Vaccination in Burma 1900-1911 - 1900-1911
Year: 1900
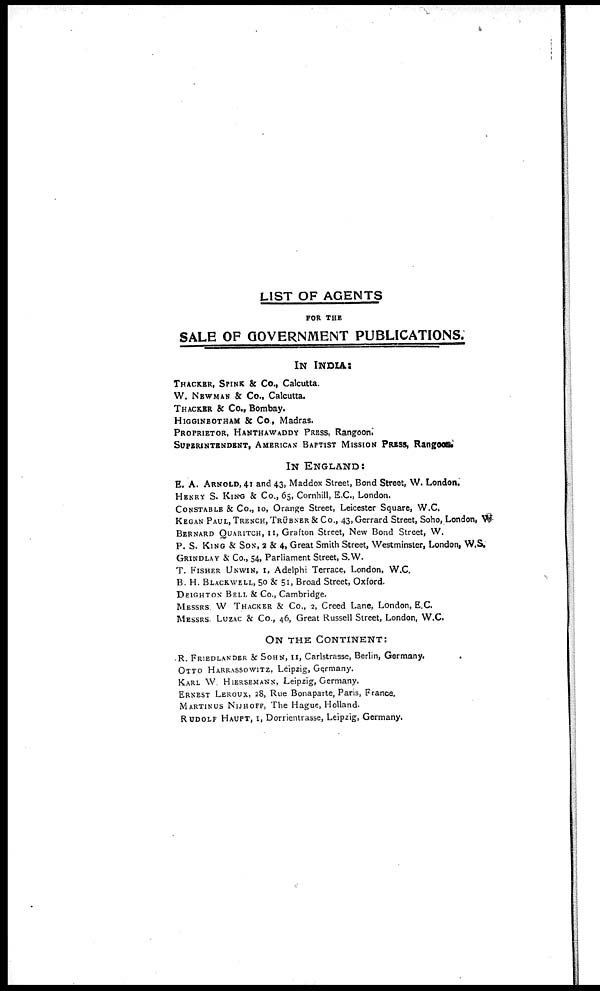
LIST OF AGENTS
FOR THE
SALE OF GOVERNMENT PUBLICATIONS.
IN INDIA:
THACKER, SPINK & Co., Calcutta.
W. NEWMAN & Co., Calcutta.
THACKER & Co., Bombay.
HIGGINBOTHAM & Co., Madras.
PROPRIETOR, HANTHAWADDY PRESS, Rangoon.
SUPERINTENDENT, AMERICAN BAPTIST MISSION PRESS, Rangoon.
IN ENGLAND:
E. A. ARNOLD, 41 and 43, Maddox Street, Bond Street, W. London.
HENRY S. KING & Co., 65, Cornhill, E.C., London.
CONSTABLE & Co., 10, Orange Street, Leicester Square, W.C.
KEGAN PAUL, TRENCH, TRÜBNER & Co., 43,Gerrard Street, Soho, London, W.
BERNARD QUARITCH, 11, Grafton Street, New Bond Street, W.
P. S. KING & SON, 2 & 4, Great Smith Street, Westminster, London, W.S.
GRINDLAY & Co., 54, Parliament Street, S.W.
T. FISHER UNWIN, 1, Adelphi Terrace, London, W.C.
B. H. BLACKWELL, 50 & 51, Broad Street, Oxford.
DEIGHTON BELL & Co., Cambridge.
MESSRS. W. THACKER & Co., 2, Creed Lane, London, E.C.
MESSRS. LUZAC & Co., 46, Great Russell Street, London, W.C.
ON THE CONTINENT:
R. FRIEDLANDER & SOHN, 11, Carlstrasse, Berlin, Germany.
OTTO HARRASSOWITZ, Leipzig, Germany.
KARL W. HIERSEMANN, Leipzig, Germany.
ERNEST LEROUX, 28, Rue Bonaparte, Paris, France.
MARTINUS NIJHOFF, The Hague, Holland.
RUDOLF HAUPT, 1, Dorrientrasse, Leipzig, Germany.